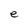
Character: e